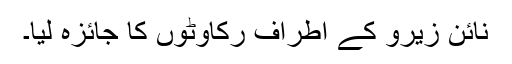
نائن زیرو کے اطراف رکاوٹوں کا جائزہ لیا۔